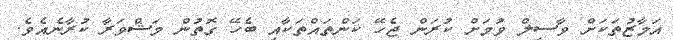
އަމާޒުތަކަށް ވާސިލް ވުމަށް ކުރަން ޖެހޭ ކަންތައްތަކާއި ބެހޭ ގޮތުން މަޝްވަރާ ކުރާނެއެވެ.